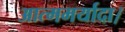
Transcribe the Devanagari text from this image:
आत्ममर्यादा।